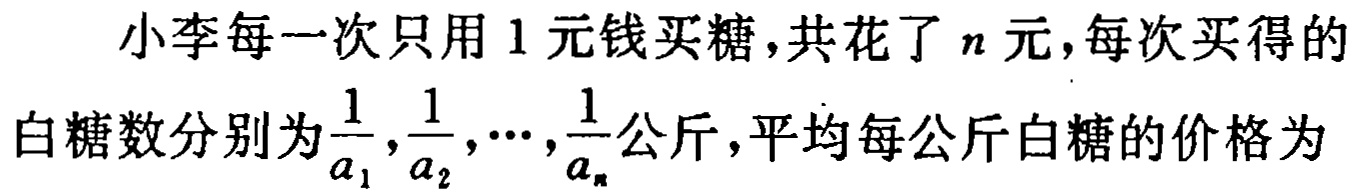
小李每一次只用 1 元钱买糖,共花了 \(n\) 元,每次买得的

白糖数分别为\(\frac{1}{a_{1}},\frac{1}{a_{2}},\cdots,\frac{1}{a_{n}}\)公斤,平均每公斤白糖的价格为